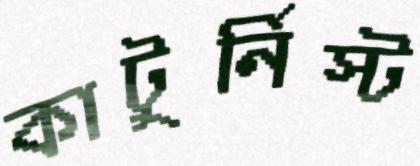
কাটুর্নিস্ট